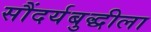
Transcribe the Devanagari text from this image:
सौंदर्यबुद्धीला